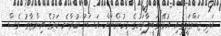
އަދި ޖަންގަލީގައި އުޅޭ ގަބީލާތަކުގެ މީހުންނަށް އަސަރު ކުރާނެ ކަމުގެ އިންޒާރު ވެސް